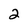
Character: 2